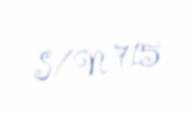
S/N 715